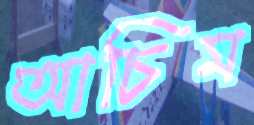
আচিম